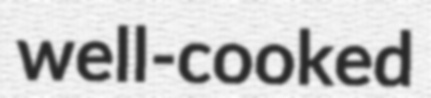
well-cooked